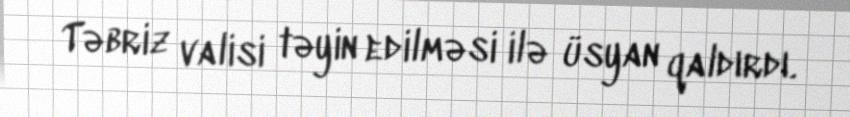
Təbriz valisi təyin edilməsi ilə üsyan qaldırdı.